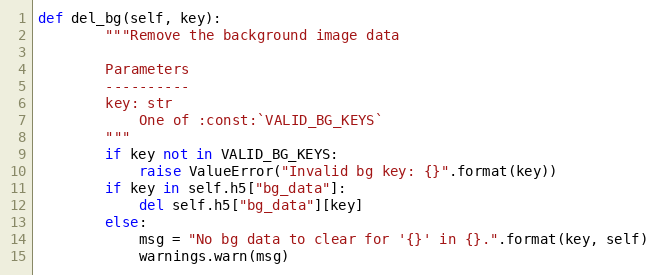
Language: Python
def del_bg(self, key):
        """Remove the background image data

        Parameters
        ----------
        key: str
            One of :const:`VALID_BG_KEYS`
        """
        if key not in VALID_BG_KEYS:
            raise ValueError("Invalid bg key: {}".format(key))
        if key in self.h5["bg_data"]:
            del self.h5["bg_data"][key]
        else:
            msg = "No bg data to clear for '{}' in {}.".format(key, self)
            warnings.warn(msg)